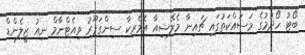
ބޯޓު ހޯދުމުގެ މަސައްކަތުގައި ޗައިނާ މެލޭޝިއާ އެމެރިކާ ސިންގަޕޫރު ވިއެޓްނާމް ނިއު ޒީލެންޑް